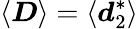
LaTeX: \langle\boldsymbol{D}\rangle=\langle\boldsymbol{d}_{2}^{*}\rangle